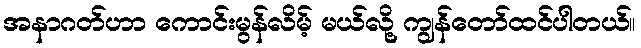
အနာဂတ်ဟာ ကောင်းမွန်လိမ့် မယ်လို့ ကျွန်တော်ထင်ပါတယ်။